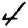
Digit: 4